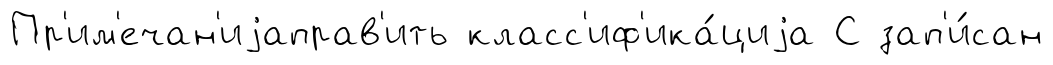
Пр'им'ечан'иjаправ'ить класс'иф'ика́циjа С зап'и́сан